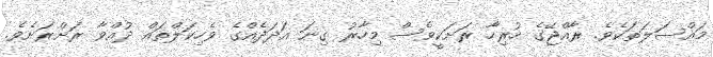
މައްސަލަތަކެވެ. ރާއްޖޭގެ ހުރިހާ ރަށަކީވެސް މިހާރު ގިނަ އަދަދެއްގެ ވެހިކަލްތައް ދުއްވާ ރަށްރަށެވެ.